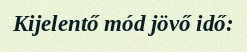
Kijelentő mód jövő idő: